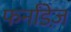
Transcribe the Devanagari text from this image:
फर्नांडेज़